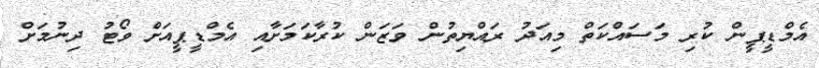
އެމްޑީޕީން ކުރި މަސައްކަތް މިއަދު ރައްޔިތުން ވަޒަން ކުރާކަމަށާއި އެމްޑީޕީއަށް ވޯޓު ދިނުމަށް